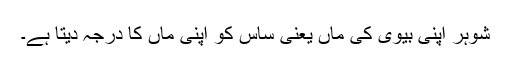
شوہر اپنی بیوی کی ماں یعنی ساس کو اپنی ماں کا درجہ دیتا ہے۔